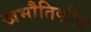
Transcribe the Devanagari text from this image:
खभौतिकीय